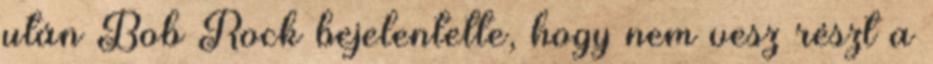
után Bob Rock bejelentette, hogy nem vesz részt a